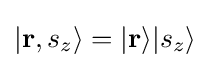
|\mathbf {r} ,s_{z}\rangle =|\mathbf {r} \rangle |s_{z}\rangle